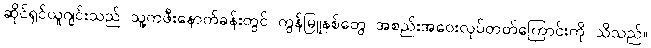
ဆိုင်ရှင်ယူဂျင်းသည် သူ့ကဖီးနောက်ခန်းတွင် ကွန်မြူနစ်တွေ အစည်းအဝေးလုပ်တတ်ကြောင်းကို သိသည်။